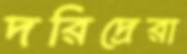
দরিদ্রেরা